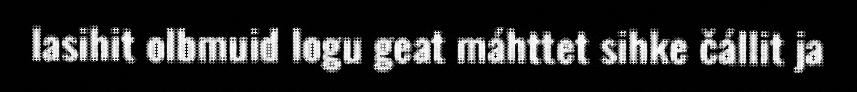
lasihit olbmuid logu geat máhttet sihke čállit ja